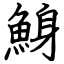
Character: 鯓